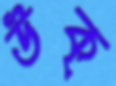
উক্